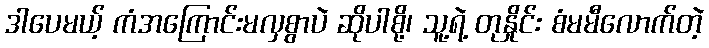
ဒါပေမယ့် ကံအကြောင်းမလှစွာပဲ ဆိုပါစို့၊ သူ့ရဲ့ တုနှိုင်း စံမမီလောက်တဲ့